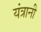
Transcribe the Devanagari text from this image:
यंत्रानी